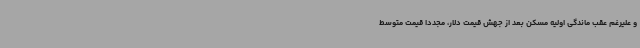
و علیرغم عقب ماندگی اولیه مسکن بعد از جهش قیمت دلار، مجددا قیمت متوسط